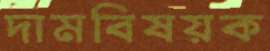
দামবিষয়ক